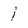
Character: 1